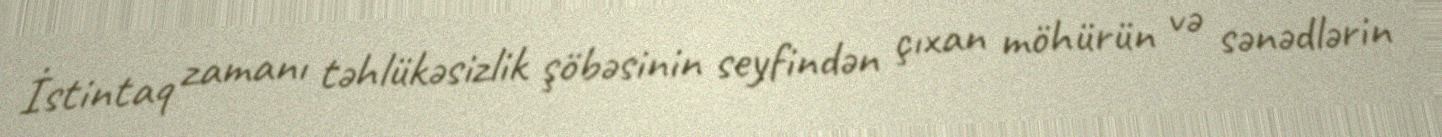
İstintaq zamanı təhlükəsizlik şöbəsinin seyfindən çıxan möhürün və sənədlərin